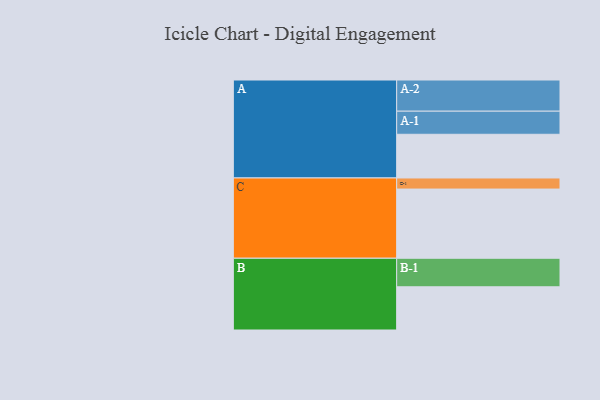
{"axis": {"x": "Segment", "y": "Value"}, "legend": ["", "A", "B", "C"], "data": [{"x": "A", "y": 363, "type": ""}, {"x": "B", "y": 359, "type": ""}, {"x": "C", "y": 575, "type": ""}, {"x": "A-1", "y": 192, "type": "A"}, {"x": "A-2", "y": 259, "type": "A"}, {"x": "B-1", "y": 237, "type": "B"}, {"x": "C-1", "y": 92, "type": "C"}]}